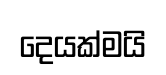
දෙයක්මයි